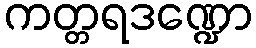
ကတ္တရဒဏ္ဍော